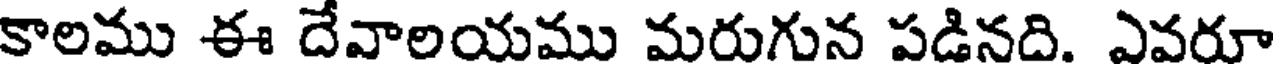
కాలము ఈ దేవాలయము మరుగున పడినది. ఎవరూ